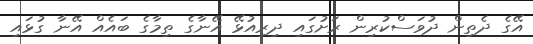
އޭގެ ދެތިން ދުވަސްކުރިން ރަށުގައި ދިރިއުޅޭ އޭނާގެ ތިމާގެ ބައެއް އޭނާ ގުޅައި